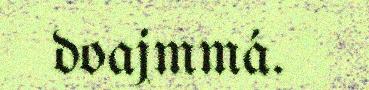
doajmmá.